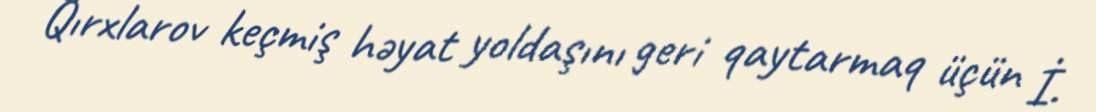
Qırxlarov keçmiş həyat yoldaşını geri qaytarmaq üçün İ.